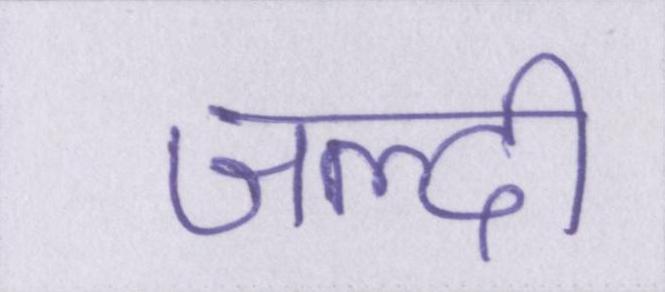
जल्दी